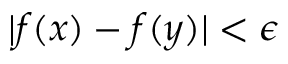
| f ( x ) - f ( y ) | < \epsilon